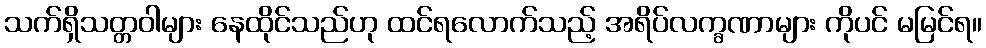
သက်ရှိသတ္တဝါများ နေထိုင်သည်ဟု ထင်ရလောက်သည့် အရိပ်လက္ခဏာများ ကိုပင် မမြင်ရ။